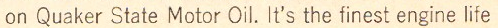
on Quaker State Motor Oil. It's the finest engine life